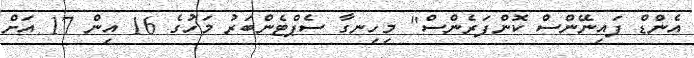
އެންޑް ފައިނޭންސް ކޮންފަރެންސް" މިހިނގާ ސެޕްޓެންބަރު މަހުގެ 16 އިން 17 އަށް